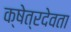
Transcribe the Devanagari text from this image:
क्षेत्रदेवता